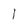
Character: I